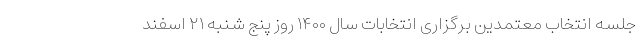
جلسه انتخاب معتمدین برگزاری انتخابات سال ۱۴۰۰ روز پنج شنبه ۲۱ اسفند